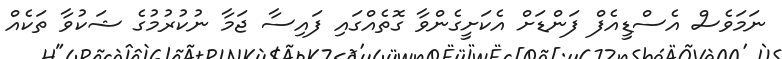
ނަމަވެސް އެސްޑީއެފް ފަންޑަށް އެކަށީގެންވާ ގޮތެއްގައި ފައިސާ ޖަމާ ނުކުރުމުގެ ޝަކުވާ ތަކެއް